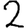
Digit: 2